Report on the working of the Ranchi Indian Mental Hospital, Kanke, in Bihar and Orissa - 1930-1940
Year: 1930
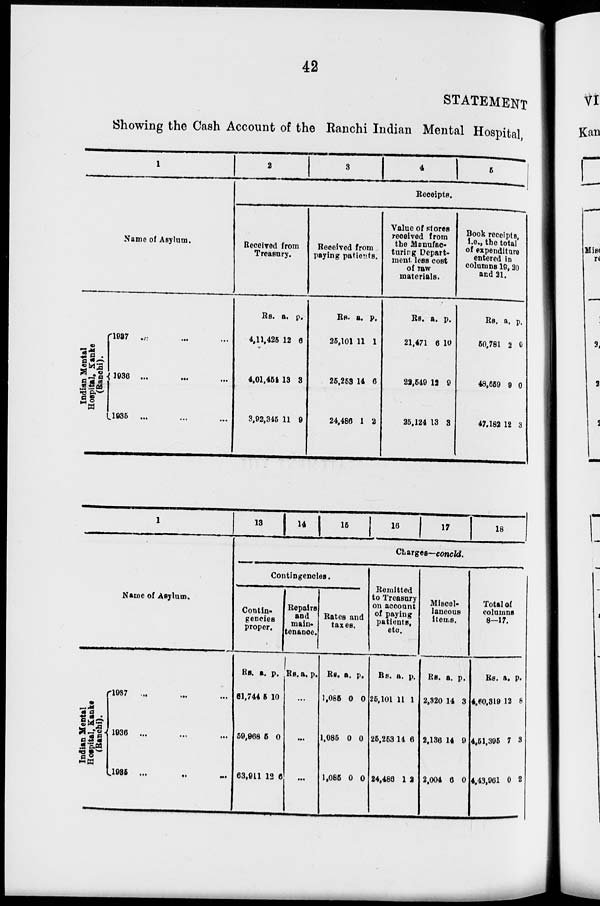
42
STATEMENT
Showing the Cash Account of the Ranchi Indian Mental Hospital,
1
Name of Asylum.
Indian Mental
Hospital, Kanke
(Ranchi).
1937 ... ... ...
1936 ... ... ...
1935 ... ... ...
2
3
4
5
Receipts.
Received from
Treasury.
Rs.
4,11,425
4,01,454
3,92,346
a.
12
13
11
p.
6
8
9
Received from
paying patients.
Rs.
25,101
25,253
24,486
a.
11
14
1
p.
1
6
2
Value of stores
received from
the Manufac-
turing Depart-
ment less cost
of raw
materials.
Rs.
21,471
22,549
25,124
a.
6
12
13
p.
10
9
8
Book receipts,
i.e., the total
of expenditure
entered in
columns 19,20
and 21.
Rs.
50,781
48,659
47,182
a.
2
9
12
p.
0
0
3
1
Name of Asylum.
Indian Mental
Hospital, Kanke
(Ranchi).
1937 ... ... ...
1936
...
...
...
1936 ...
...
...
1 3 14 1 5 16 17
18
Charges—conold.
Contingencies.
Contin-
gencies
proper.
Rs.
61,744
59,968
63,911
a.
5
5
12
p.
10
0
6
Repairs
and
main-
tenance.
Rs. a. p.
...
...
...
Rates and
taxes.
Rs.
1,085
1,085
1,085
a.
0
0
0
p.
0
0
0
Remitted
to Treasury
on account
of paying
patients,
etc.
Rs.
25,101
25,253
24,486
a.
11
14
1
p.
1
6
2
Miscel-
laneous
items.
Rs.
2,320
2,136
2,004
a.
14
14
6
p.
3
9
0
Total of
columns
8—17.
Rs.
4,60,319
4,51,395
4,43,961
a.
12
7
0
P.
8
3
2